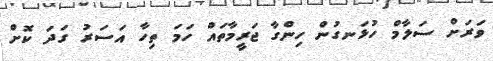
ވަރަށް ސަލާމް ހުޅަނގުން ހިންގާ ޖަރީމާތައް ހަމަ ތިހާ އަސަރު ގަދަ ކޮށް